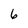
Character: 6